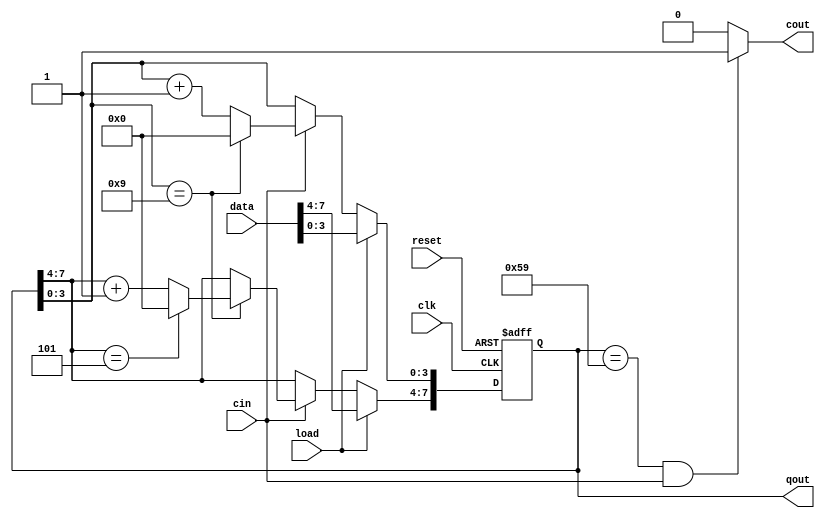
module count60(
input clk,
input cin,
input reset,
input load,
input [7:0]data,
output reg [7:0]qout,
output cout
);
always @(posedge clk or negedge reset)begin
    if(!reset)
    qout<=0;
    else if(load)
    qout<=data;
    else if(cin)
        begin
            if(qout[3:0]==9)
                begin
                    qout[3:0]<=0;
                    if(qout[7:4]==5)
                        qout[7:4]<=0;
                     else qout[7:4]<=qout[7:4]+1'b1;   
                end
                
            else qout[3:0]<= qout[3:0]+1'b1;
        end
end
assign cout=((qout==8'h59)&cin)?1:0;
endmodule